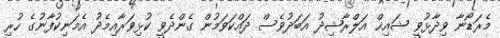
މެރަޑޯނާ ވިދާޅުވީީ ޝައިޚް އަލްރާޝިދު އަަބަދުވެސް ދައްކަވަމުން ގެންދެވީ ކުޅިވަރާއިމެދު އެމަނިކުފާނުގެ ހުރި